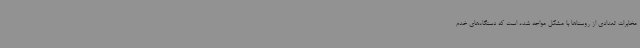
مخابرات تعدادی از روستاها با مشکل مواجه شده است که دستگاه‌های خدم